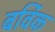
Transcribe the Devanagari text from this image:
बर्विक